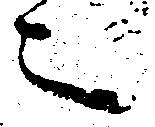
々